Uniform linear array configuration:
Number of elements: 64
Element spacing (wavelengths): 0.5
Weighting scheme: exponential
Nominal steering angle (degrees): -30
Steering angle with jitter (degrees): -29.902
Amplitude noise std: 0.05
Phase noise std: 0.05

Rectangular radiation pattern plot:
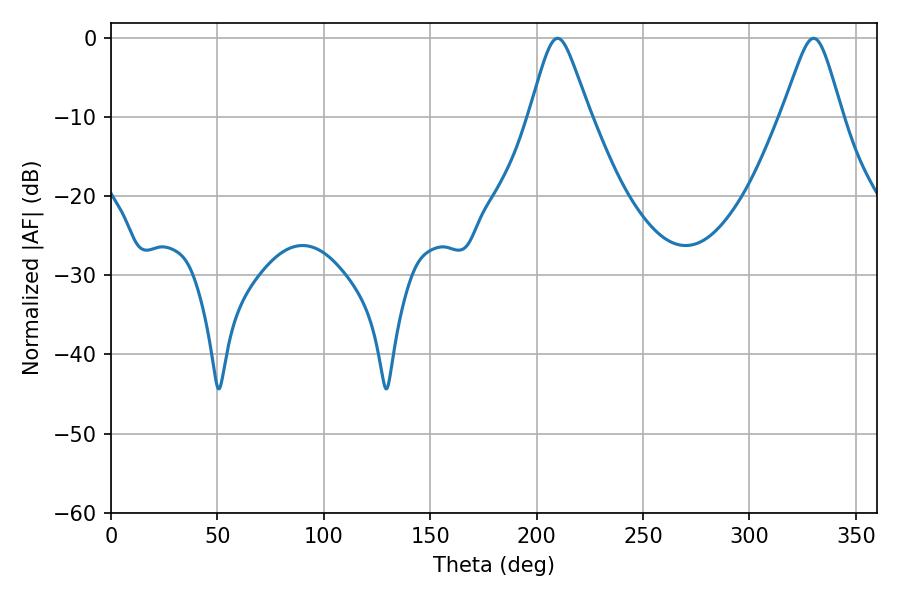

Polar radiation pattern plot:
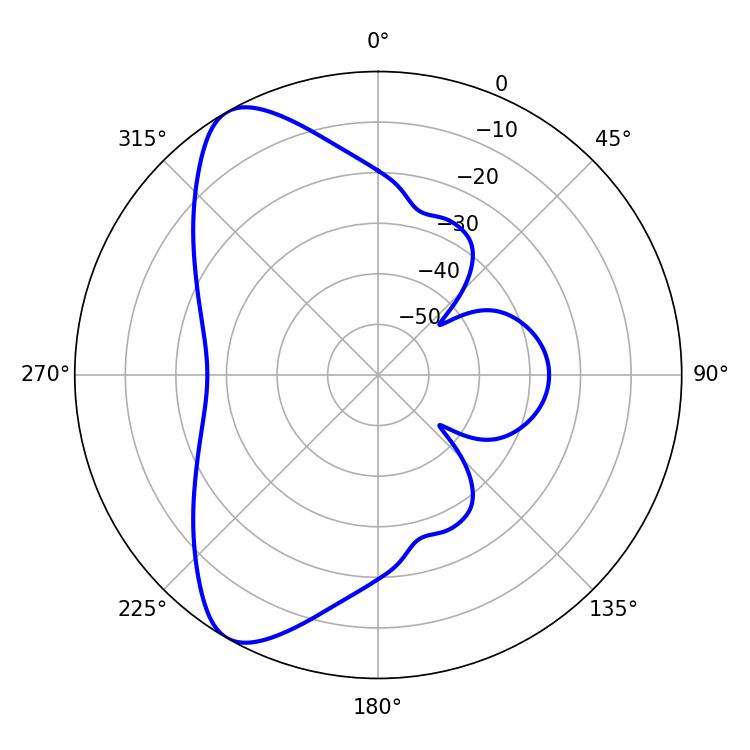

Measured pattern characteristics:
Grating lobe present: FALSE
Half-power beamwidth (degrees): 13.32
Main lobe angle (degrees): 209.88